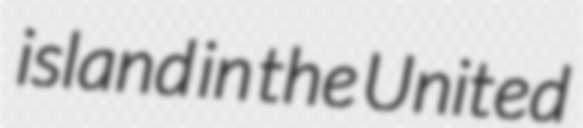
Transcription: island in the United